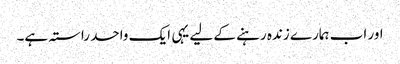
اور اب ہمارے زندہ رہنے کے لیے یہی ایک واحد راستہ ہے۔